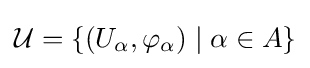
{\mathcal {U}}=\{(U_{\alpha },\varphi _{\alpha })\mid \alpha \in A\}